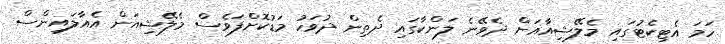
ހަމަ އެޓިކެޓުގައި މެލޭޝިއާއަށް ދެވޭނެ ލަންކާގައި ދެތިން ދުވަހު މަޑުކޮށްފަވެސް މެލޭޝިއަން އެއާލައިންސް